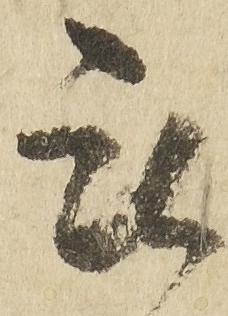
被